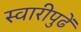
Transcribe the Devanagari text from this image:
स्वारीपुढें